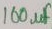
Text: 100µF